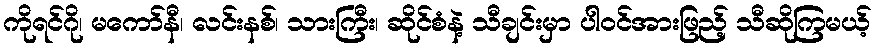
ကိုရင်ဂို၊ မကော်နီ၊ လင်းနစ်၊ သားကြီး၊ ဆိုင်စံနဲ့ သီချင်းမှာ ပါဝင်အားဖြည့် သီဆိုကြမယ့်